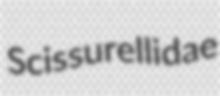
Scissurellidae